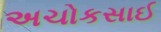
અચોકસાઈ